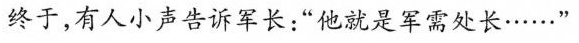
终于，有人小声告诉军长：”他就是军需处长……”